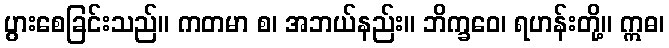
ပွားစေခြင်းသည်။ ကတမာ စ၊ အဘယ်နည်း။ ဘိက္ခဝေ၊ ရဟန်းတို့။ ဣဓ၊